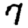
Digit: 7